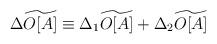
LaTeX: \begin{align*}\Delta \widetilde{O[A]}\equiv \Delta _{1}\widetilde{O[A]}+\Delta _{2}\widetilde{O[A]}\end{align*}